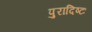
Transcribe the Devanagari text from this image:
पुरादिष्टः